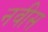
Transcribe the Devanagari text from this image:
नवीस